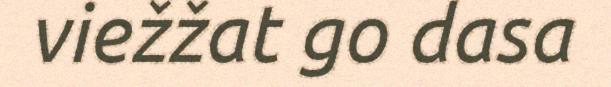
viežžat go dasa